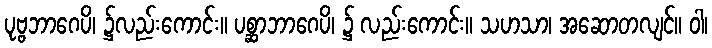
ပုဗ္ဗဘာဂေပိ၊ ၌လည်းကောင်း။ ပစ္ဆာဘာဂေပိ၊ ၌ လည်းကောင်း။ သဟသာ၊ အဆောတလျင်။ ဝါ၊